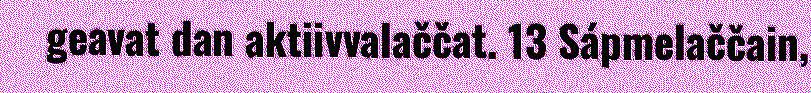
geavat dan aktiivvalaččat. 13 Sápmelaččain,